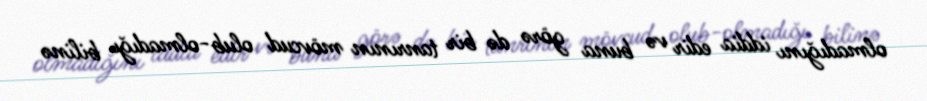
olmadığını iddia edir və buna görə də bir tanrının mövcud olub-olmadığı bilinə